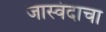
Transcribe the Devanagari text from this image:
जास्वंदाचा